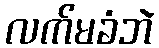
လက်မခံဘဲ